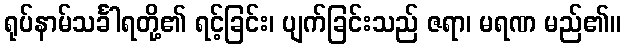
ရုပ်နာမ်သင်္ခါရတို့၏ ရင့်ခြင်း၊ ပျက်ခြင်းသည် ဇရာ၊ မရဏ မည်၏။